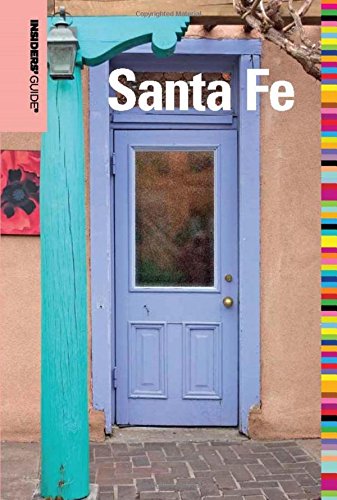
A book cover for Insiders' GuideÂ® to Santa Fe (Insiders' Guide Series); Nicky Leach; Travel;